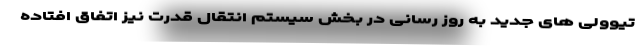
تیوولی های جدید به روز رسانی در بخش سیستم انتقال قدرت نیز اتفاق افتاده